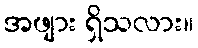
အဖျား ရှိသလား။